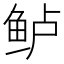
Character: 鲈